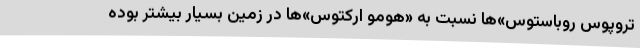
تروپوس روباستوس»ها نسبت به «هومو ارکتوس»‌ها در زمین بسیار بیشتر بوده